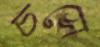
চসে